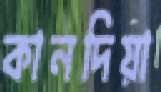
কানদিয়া